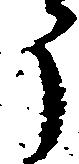
う